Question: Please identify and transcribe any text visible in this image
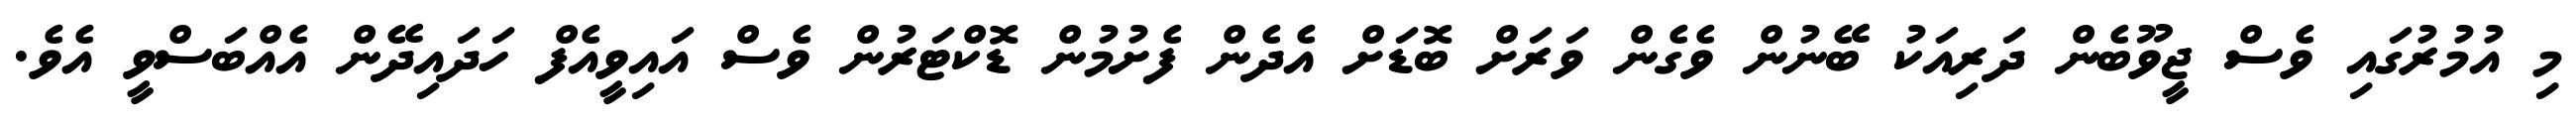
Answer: މި އުމުރުގައި ވެސް ޖީވޫބެން ދަރިއަކު ބޭނުން ވެގެން ވަރަށް ބޮޑަށް އެދެން ފެށުމުން ޑޮކްޓަރުން ވެސް އައިވީއެފް ހަދައިދޭން އެއްބަސްވީ އެވެ.